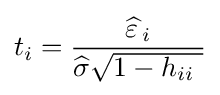
t_{i}={{\widehat {\varepsilon \,}}_{i} \over {\widehat {\sigma }}{\sqrt {1-h_{ii}\ }}}